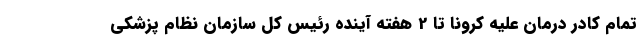
تمام کادر درمان علیه کرونا تا 2 هفته آینده رئیس کل سازمان نظام پزشکی